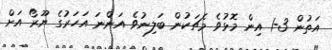
އަތުން 3-1 އިން މޮޅުވެ މެޗަކުން ބަލިނުވެ އަންނަ އަހަރުގެ ޔޫރޯ އަށް